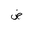
Letter: _dad